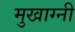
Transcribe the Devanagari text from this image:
मुखाग्नी